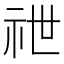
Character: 䄁